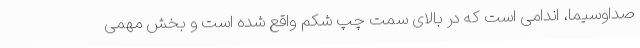
صداوسیما، اندامی است که در بالای سمت چپ شکم واقع شده است و بخش مهمی